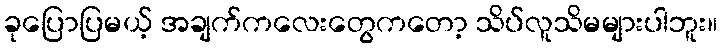
ခုပြောပြမယ့် အချက်ကလေးတွေကတော့ သိပ်လူသိမများပါဘူး။